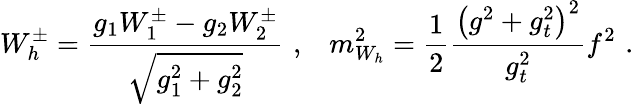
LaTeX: W_{h}^{\pm}=\frac{g_{1}W_{1}^{\pm}-g_{2}W_{2}^{\pm}}{\sqrt{g_{1}^{2}+g_{2}^{2}}}\, \, ,\; \; \; m_{W_{h}}^{2}=\frac{1}{2}\frac{\left(g^{2}+g_{t}^{2}\right)^{2}}{g_{t}^{2}}f^{2}\, \, .